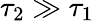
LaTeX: {\tau}_{2}\gg{\tau}_{1}